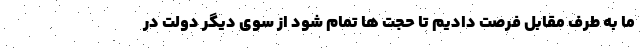
ما به طرف مقابل فرصت دادیم تا حجت ها تمام شود از سوی دیگر دولت در